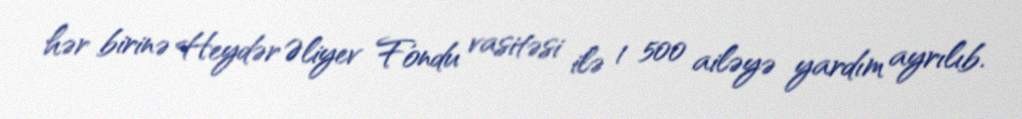
hər birinə Heydər Əliyev Fondu vasitəsi ilə 1 500 ailəyə yardım ayrılıb.